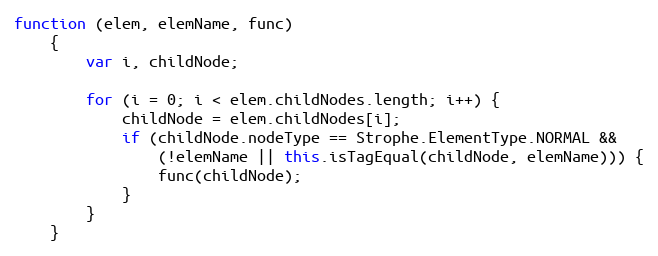
Language: JavaScript
function (elem, elemName, func)
    {
        var i, childNode;

        for (i = 0; i < elem.childNodes.length; i++) {
            childNode = elem.childNodes[i];
            if (childNode.nodeType == Strophe.ElementType.NORMAL &&
                (!elemName || this.isTagEqual(childNode, elemName))) {
                func(childNode);
            }
        }
    }